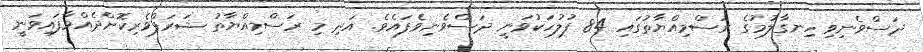
ދަސްވެނިވި ހިނގާލުމުގެ ރަސްމިއްޔާތުގައި 84 ފުލުހަކުވަނީ ދަސްވެނިވެފައެވެ. އަދި މި ރަސްމިއްޔާތު ޝަރަފްވެރިކޮށްދެއްވާފައިވަނީ